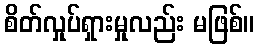
စိတ်လှုပ်ရှားမှုလည်း မဖြစ်။